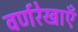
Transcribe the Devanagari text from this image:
वर्णरेखाएँ